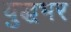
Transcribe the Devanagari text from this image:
युद्धभर